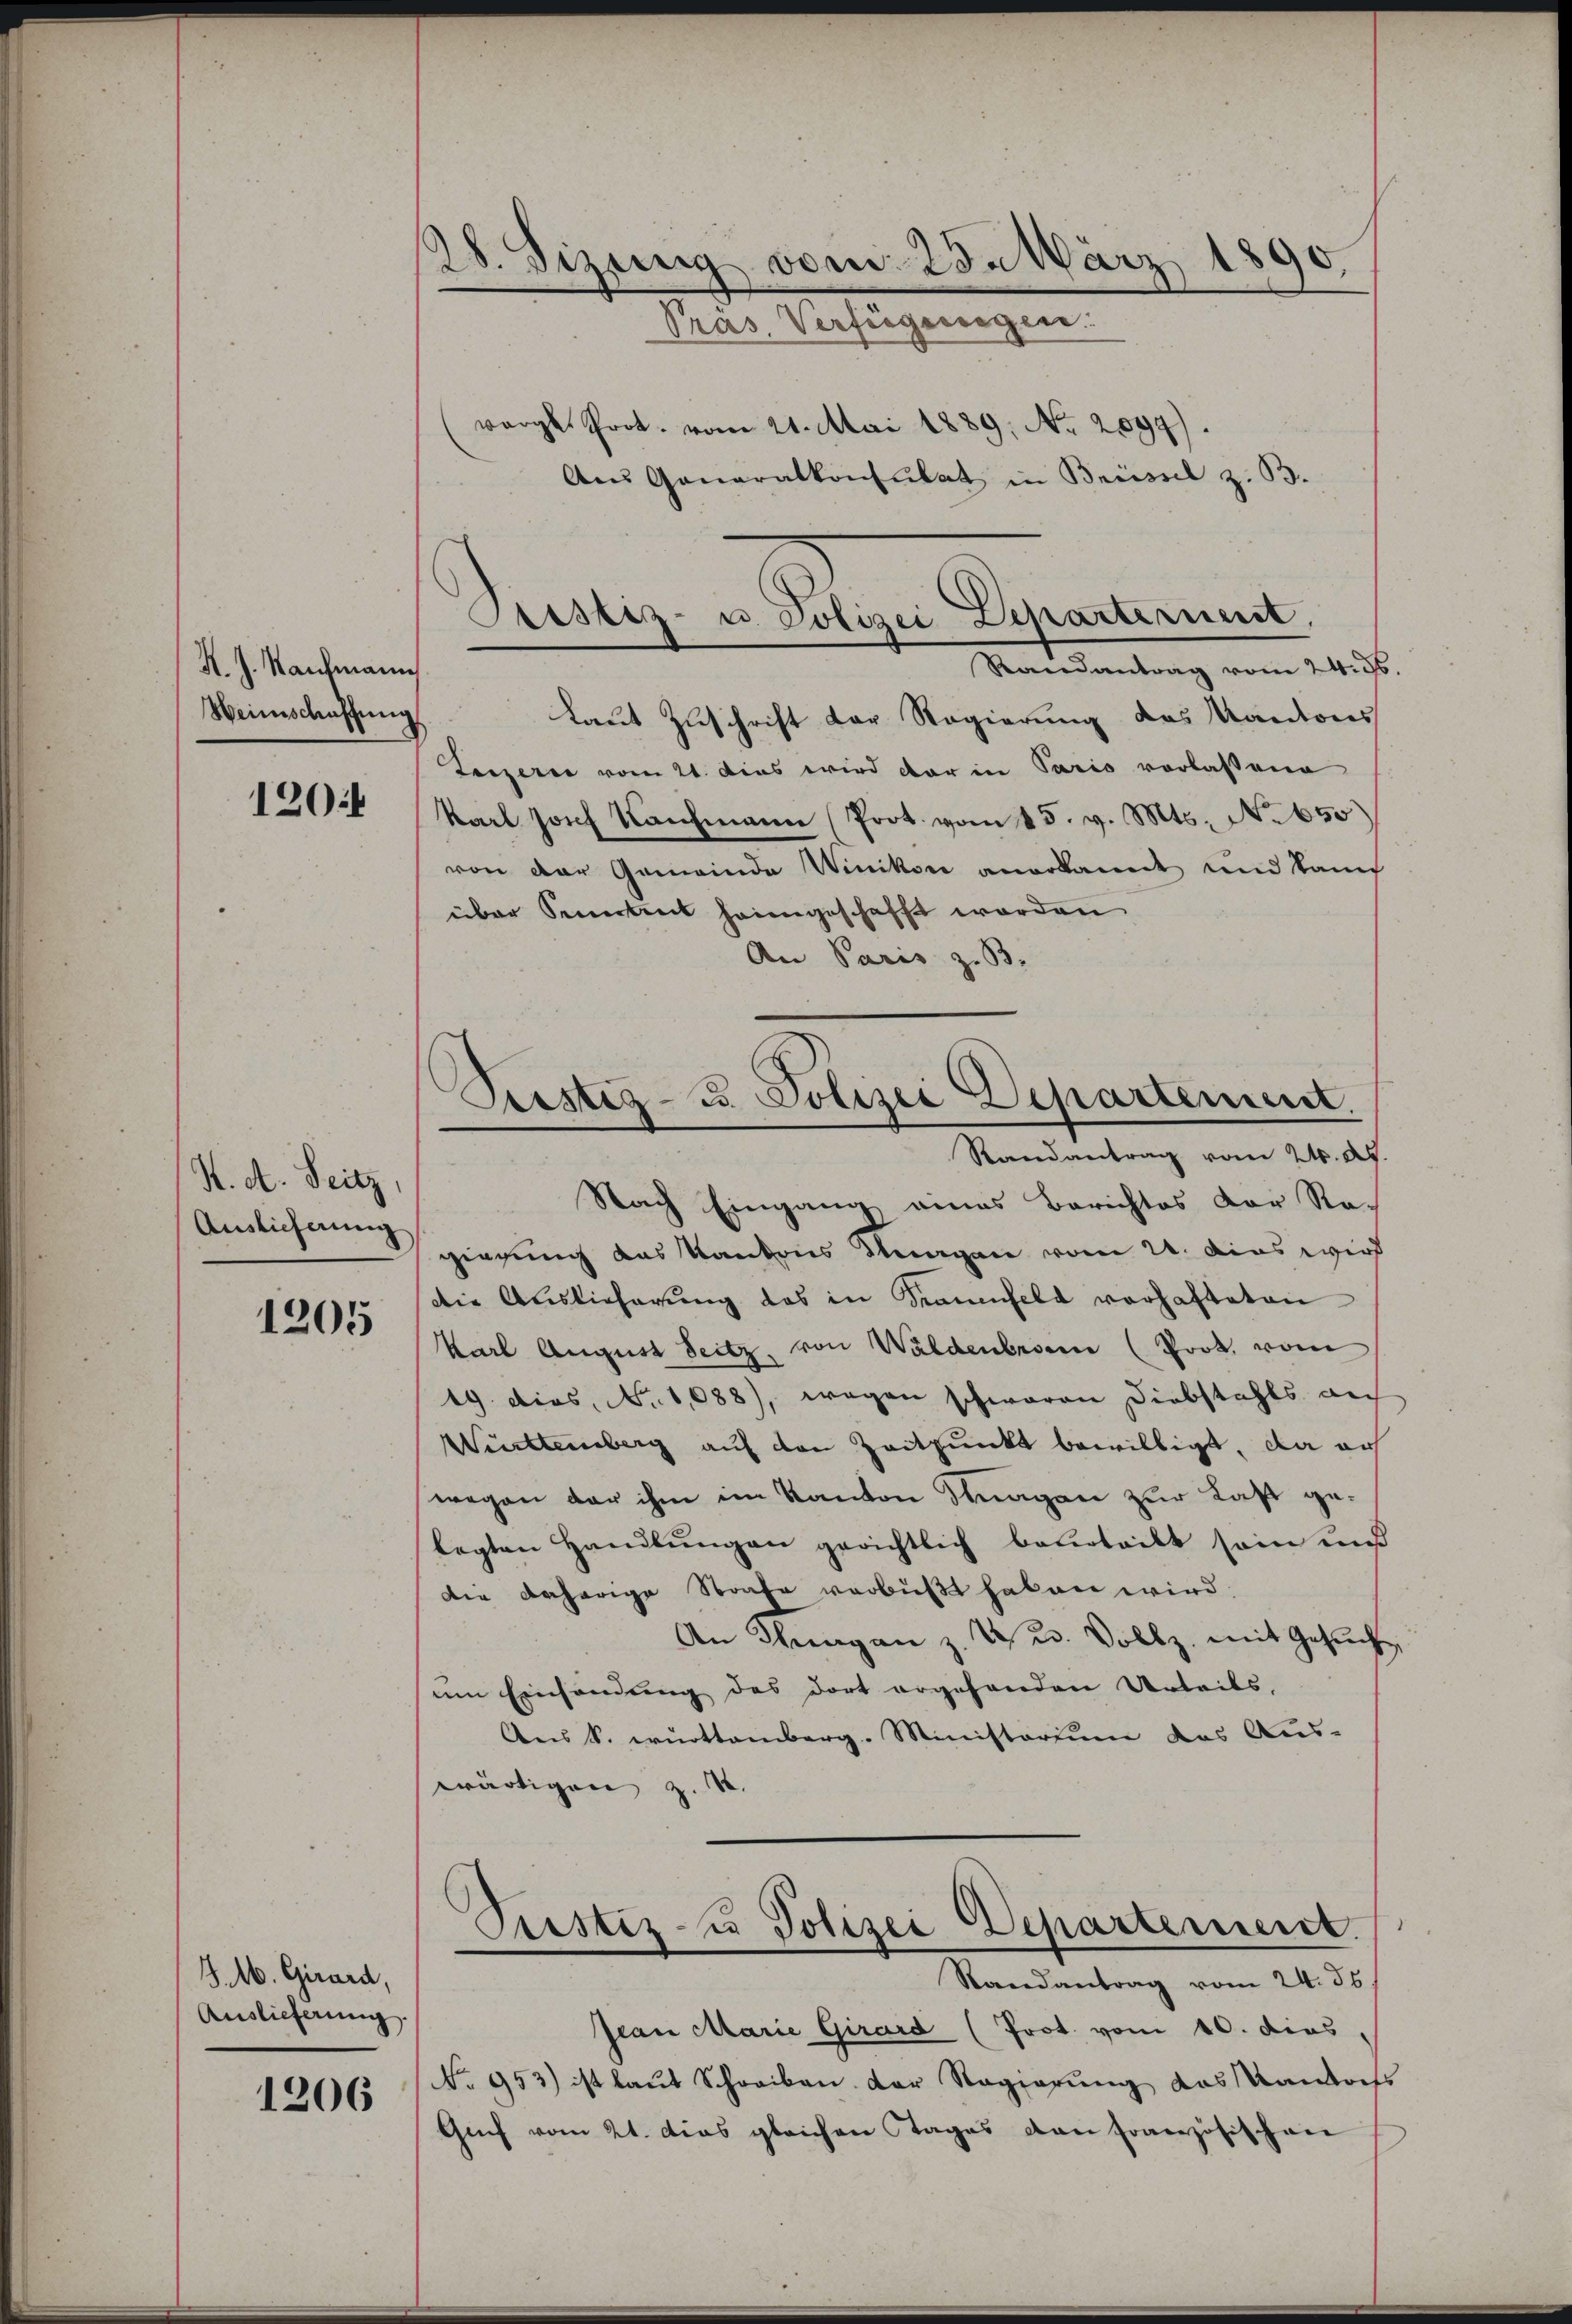
K. J. Nachmann
Weinschaffung

120

H. d. Seitz,
Auslieferung

1205

J.M. Girard,
Auslieferung
1206

28. Sizung vom 25. März 1890.
Pras. Verfügeregen.
rg Prot. vom 21. Mai 1889. No. 2099).
An Generalkonsulat in Brüssel z. B.

Justiz- u. Polizei Departernent
Randantrag vom 24. 36.
Laut Zuschrift der Regierung des Kantons

Luzern vom 21. Dies wird der in Paris vorlassene
Karl Josef Kaufmann (Prot. vom 15. v. Mts. No 650)
von der Gemeinde Winikon anerkannt und kann
über Semestent heimgeschafft worden
An Paris z. B.
gierung das Kantons Thurgane vom 21. Das wird
die Auslieferung des in Kaminfeld vorhafteten
Karl August Seitz, von Waldenbronn (Prot. vom
19. dies, No 1088), wegen schwaren Diebstahls auf
Württemberg auf den Zeitpunkt bewilligt, da auf
wegen der ihm im Kanton Sagen zur Last gelegten Handlŭngen gerichtlich beurteilt sein und
Die daherige Strafe verbüßt haben wird.
An Thurgan z. Z. u. Vollz. mit Gesŭch,
um Einsendung des dort ergehenden Urteils,
Aus k. württemberg. Ministerium das Aus-
wärtigen z. B. |

Eustiz- u. Polizei Departement.
Randantrag vom 24. d.
Nach Eingang eines Berichtes der Stan

Custiz- u Polizei Departement.
Randantrag vom 24. ds.

Jean Marie Girard (Prot. vom 10. dies,
No 953) ist laŭt Schreiben der Regierŭng das Kantonss
Gŭf vom 21. das gleichen Tages dan französischen